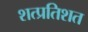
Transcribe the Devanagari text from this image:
शत्प्रतिशत